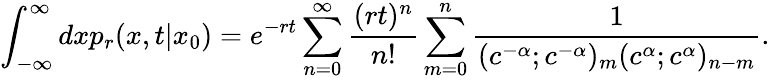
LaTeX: \int_{-\infty}^{\infty}dxp_{r}(x,t|x_{0})=e^{-rt}\sum_{n=0}^{\infty}\frac{(rt)^{n}}{n!}\sum_{m=0}^{n}\frac{1}{(c^{-\alpha};c^{-\alpha})_{m}(c^{\alpha};c^{\alpha})_{n-m}}.